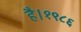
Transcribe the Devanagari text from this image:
है।१९८६